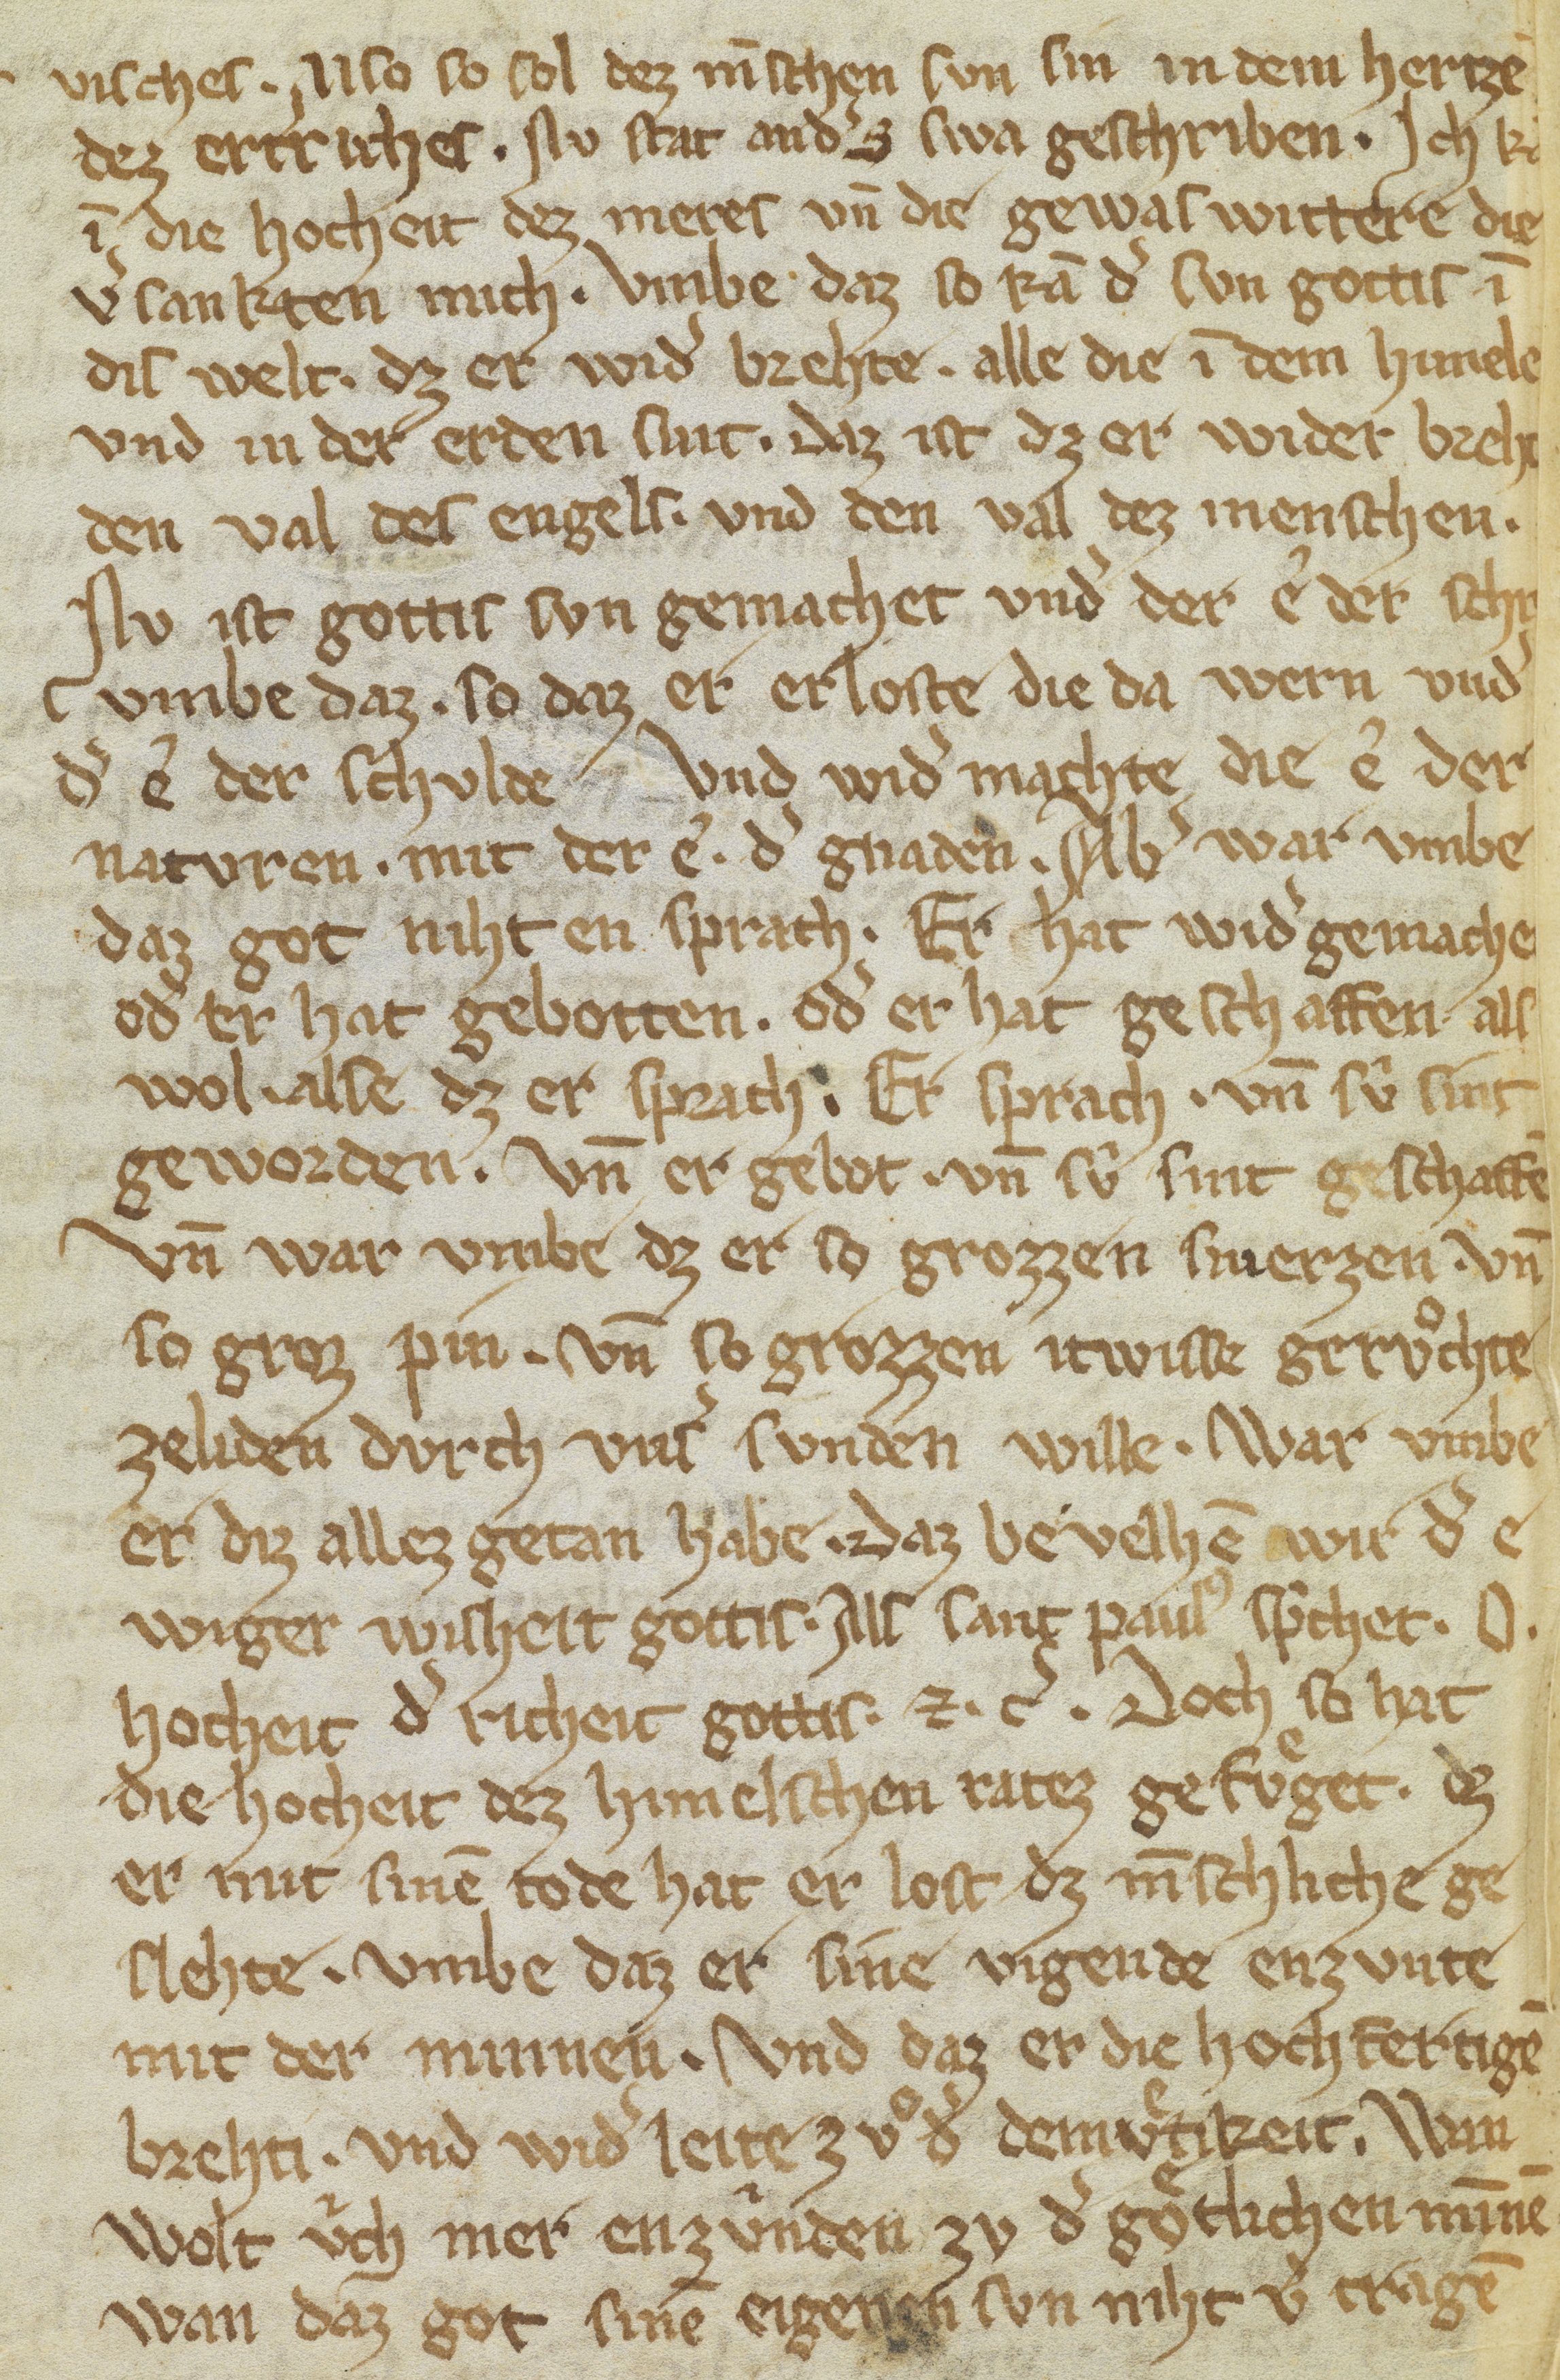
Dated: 1300–1399